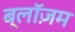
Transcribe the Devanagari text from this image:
ब्लॉज़म